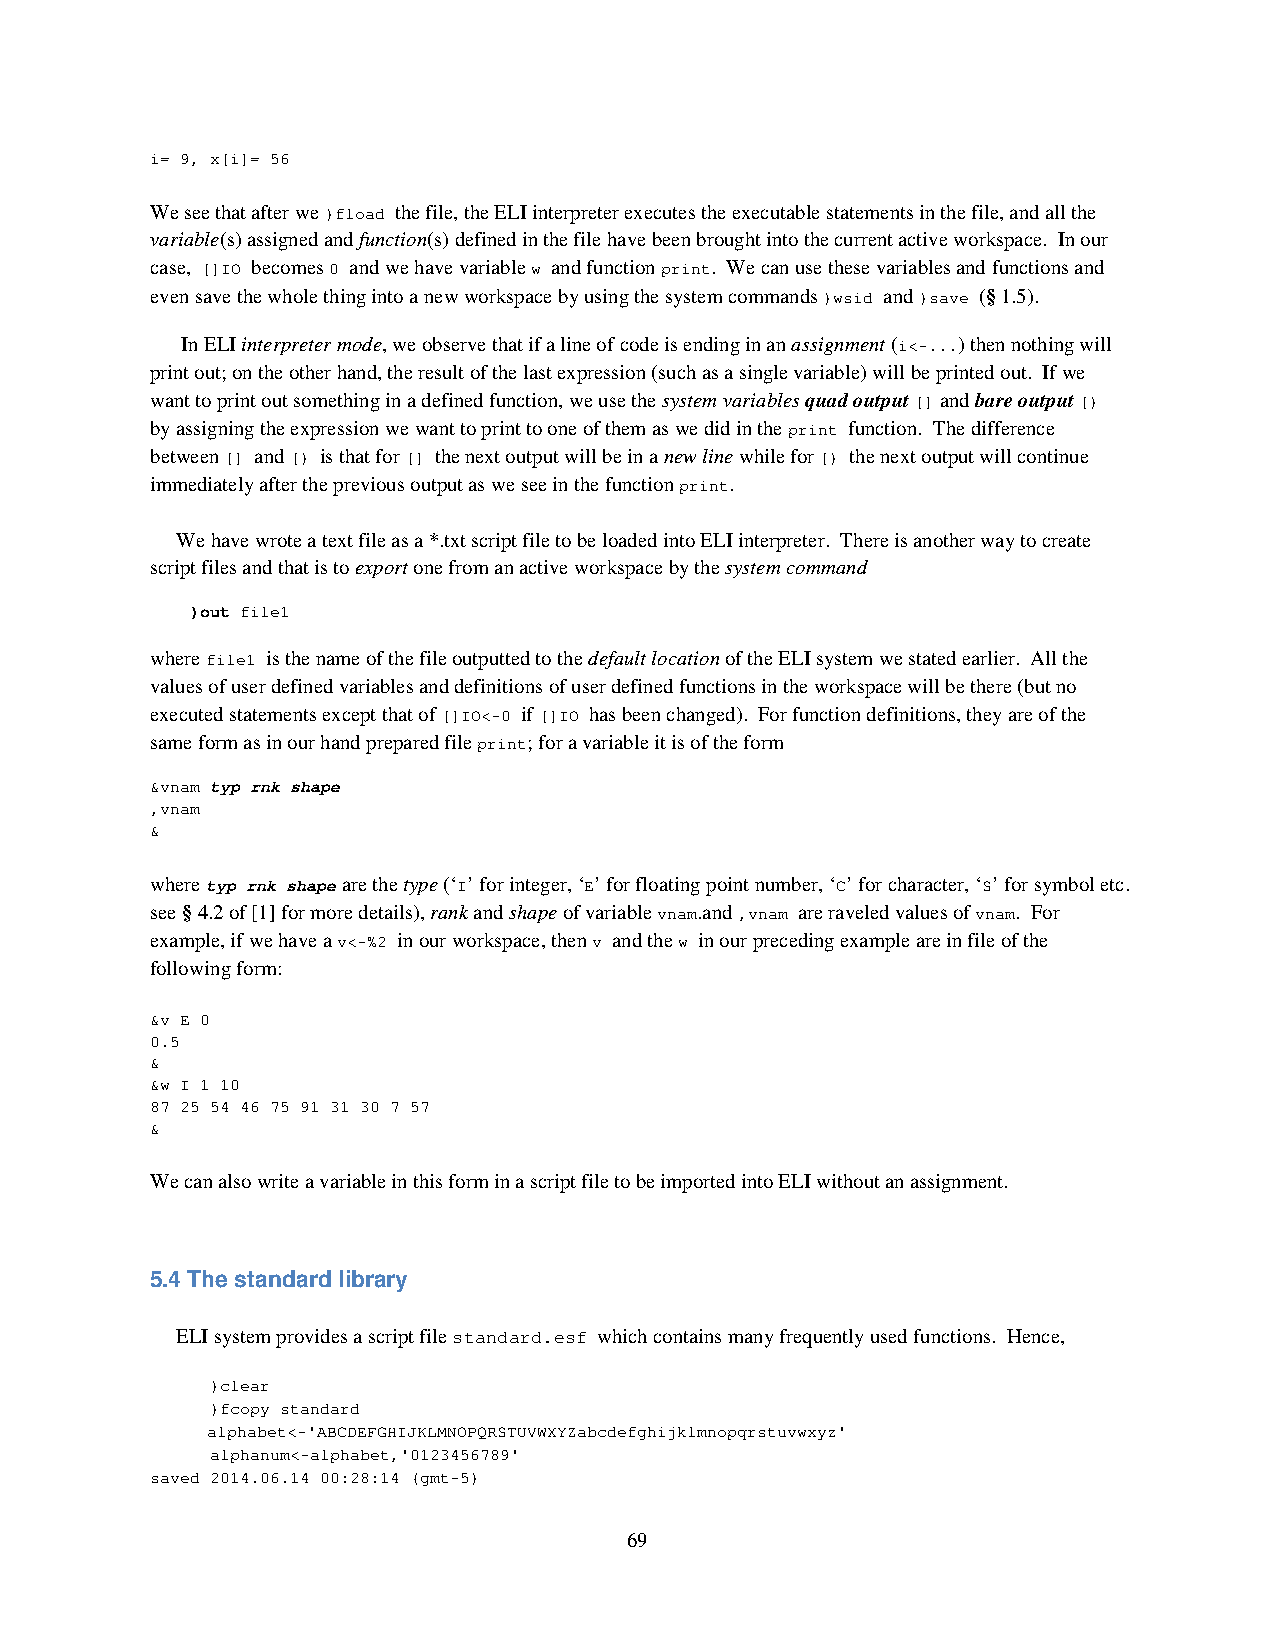
i= 9, x[i]= 56
 We see that after we )fload the file, the ELI interpreter executes the executable statements in the file, and all the
 variable(s) assigned and function(s) defined in the file have been brought into the current active workspace. In our
 case, []IO becomes 0 and we have variable w and function print. We can use these variables and functions and
 even save the whole thing into a new workspace by using the system commands )wsid and )save (§ 1.5).
 In ELI interpreter mode, we observe that if a line of code is ending in an assignment (i<-...) then nothing will
 print out; on the other hand, the result of the last expression (such as a single variable) will be printed out. If we
 want to print out something in a defined function, we use the system variables quad output [] and bare output [)
 by assigning the expression we want to print to one of them as we did in the print function. The difference
 between [] and [) is that for [] the next output will be in a new line while for [) the next output will continue
 immediately after the previous output as we see in the function print.
 We have wrote a text file as a *.txt script file to be loaded into ELI interpreter. There is another way to create
 script files and that is to export one from an active workspace by the system command
 )out file1
 where file1 is the name of the file outputted to the default location of the ELI system we stated earlier. All the
 values of user defined variables and definitions of user defined functions in the workspace will be there (but no
 executed statements except that of []IO<-0 if []IO has been changed). For function definitions, they are of the
 same form as in our hand prepared file print; for a variable it is of the form
 &vnam typ rnk shape
 ,vnam
 &
 where typ rnk shape are the type (‘I’ for integer, ‘E’ for floating point number, ‘C’ for character, ‘S’ for symbol etc.
 see § 4.2 of [1] for more details), rank and shape of variable vnam.and ,vnam are raveled values of vnam. For
 example, if we have a v<-%2 in our workspace, then v and the w in our preceding example are in file of the
 following form:
 &v E 0
 0.5
 &
 &w I 1 10
 87 25 54 46 75 91 31 30 7 57
 &
 We can also write a variable in this form in a script file to be imported into ELI without an assignment.
 5.4 The standard library
 ELI system provides a script file standard.esf which contains many frequently used functions. Hence,
 )clear
 )fcopy standard
 alphabet<-'ABCDEFGHIJKLMNOPQRSTUVWXYZabcdefghijklmnopqrstuvwxyz'
 alphanum<-alphabet,'0123456789'
 saved 2014.06.14 00:28:14 (gmt-5)
 69